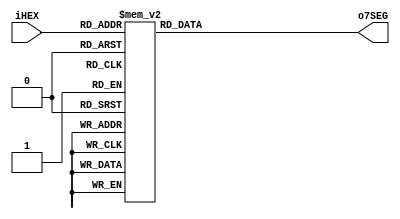
// Autor: Jose Rocabado
// Fecha: 21/02/2022

module hexTo7seg (iHEX, o7SEG);

	input [3:0] iHEX;
	output reg [6:0] o7SEG;

	always @ (iHEX)
		begin
			case (iHEX) //gfedcba
				4'h0 : o7SEG = 7'b1000000;
				4'h1 : o7SEG = 7'b1111001;
				4'h2 : o7SEG = 7'b0100100;
				4'h3 : o7SEG = 7'b0110000;
				4'h4 : o7SEG = 7'b0011001;
				4'h5 : o7SEG = 7'b0010010;
				4'h6 : o7SEG = 7'b0000010;
				4'h7 : o7SEG = 7'b1011000;
				4'h8 : o7SEG = 7'b0000000;
				4'h9 : o7SEG = 7'b0011000;
				4'ha : o7SEG = 7'b0001000;
				4'hb : o7SEG = 7'b0000011;
				4'hc : o7SEG = 7'b1000100;
				4'hd : o7SEG = 7'b0100001;
				4'he : o7SEG = 7'b0000110;
				4'hf : o7SEG = 7'b0001110;
				default : o7SEG = 7'b1000000;
			endcase
		end
		
endmodule